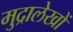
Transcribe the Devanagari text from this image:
मुद्रालेखों